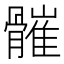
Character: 𩪓